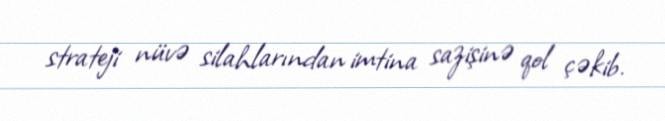
strateji nüvə silahlarından imtina sazişinə qol çəkib.